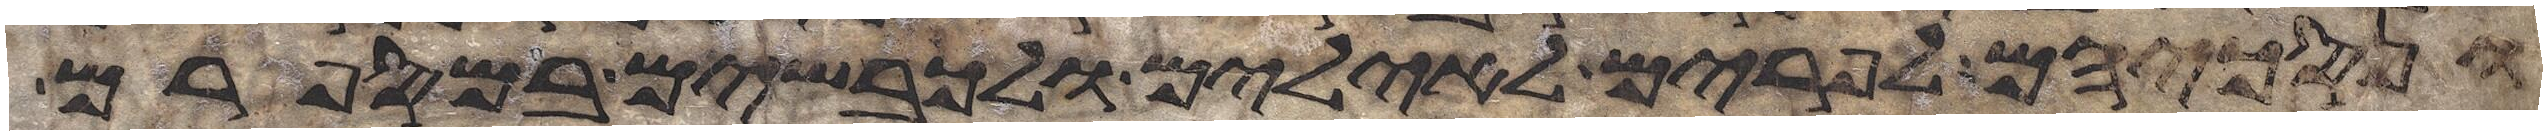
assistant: ונסכיהם לפרים לאילים ולכבשים במספרם